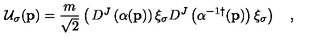
{ \cal U } _ { \sigma } ( { \bf p } ) = { \frac { m } { \sqrt { 2 } } } \left( \begin{matrix} { D ^ { J } \left( \alpha ( { \bf p } ) \right) \xi _ { \sigma } } \\ { D ^ { J } \left( \alpha ^ { - 1 \dagger } ( { \bf p } ) \right) \xi _ { \sigma } } \\ \end{matrix} \right) \quad ,